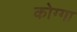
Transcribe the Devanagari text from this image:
कोग्गा